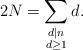
LaTeX: \begin{align*}2N = \sum_{\substack{d|n\\ d \geq 1}} d.\end{align*}